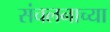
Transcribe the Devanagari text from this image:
संचलनाच्या